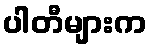
ပါတီများက